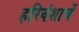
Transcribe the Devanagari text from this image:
हरिवंशाचें